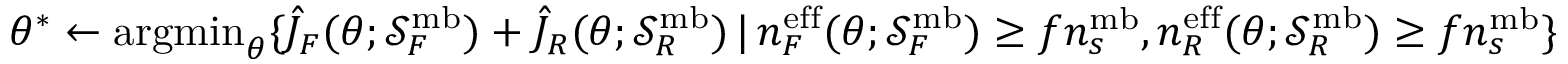
\theta ^ { * } \gets \mathrm { a r g m i n } _ { \theta } \{ \hat { J } _ { F } ( \theta ; \mathcal { S } _ { F } ^ { \mathrm { m b } } ) + \hat { J } _ { R } ( \theta ; \mathcal { S } _ { R } ^ { \mathrm { m b } } ) \, | \, n _ { F } ^ { \mathrm { e f f } } ( \theta ; \mathcal { S } _ { F } ^ { \mathrm { m b } } ) \geq f n _ { s } ^ { \mathrm { m b } } , n _ { R } ^ { \mathrm { e f f } } ( \theta ; \mathcal { S } _ { R } ^ { \mathrm { m b } } ) \geq f n _ { s } ^ { \mathrm { m b } } \}